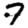
Digit: 7